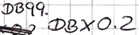
Text: DB99.DBX0.2